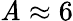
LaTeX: \mathit{A}\approx6